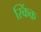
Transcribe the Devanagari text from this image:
स्किंक